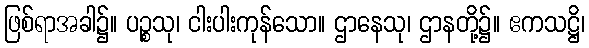
ဖြစ်ရာအခါ၌။ ပဉ္စသု၊ ငါးပါးကုန်သော။ ဌာနေသု၊ ဌာနတို့၌။ ဧကသဋ္ဌိ၊